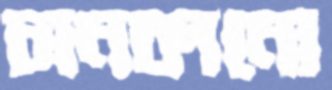
চানকানো